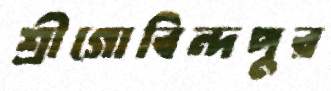
শ্রীগোবিন্দপুর